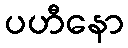
ပဟီနော